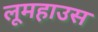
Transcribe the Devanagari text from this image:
लूमहाउस